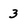
Character: 3